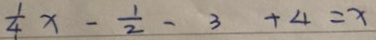
\frac { 1 } { 4 } x - \frac { 1 } { 2 } - 3 + 4 = x